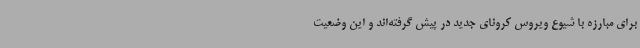
برای مبارزه با شیوع ویروس کرونای جدید در پیش گرفته‌اند و این وضعیت